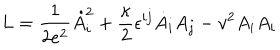
L = { \frac { 1 } { 2 e ^ { 2 } } } \dot { A } _ { i } ^ { 2 } + { \frac { \kappa } { 2 } } \epsilon ^ { i j } \dot { A } _ { i } A _ { j } - v ^ { 2 } A _ { i } A _ { i }